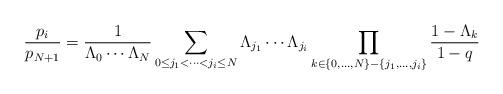
LaTeX: \begin{align*} \frac{p_i}{p_{N+1}} = \frac{1}{\Lambda_0 \cdots \Lambda_N} \sum_{0 \leq j_1 < \cdots < j_i \leq N} \Lambda_{j_1} \cdots \Lambda_{j_i} \prod_{k \in \{0,\dots,N\}-\{j_1, \dots, j_i\}} \frac{1-\Lambda_k}{1-q} \end{align*}